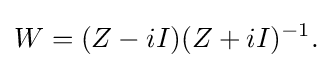
{W=(Z-iI)(Z+iI)^{-1}.}